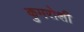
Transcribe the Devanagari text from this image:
कुमरोशी